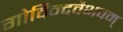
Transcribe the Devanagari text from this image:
गोविन्दवैभवम्